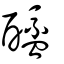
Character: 醯